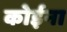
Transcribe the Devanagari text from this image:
कोईना